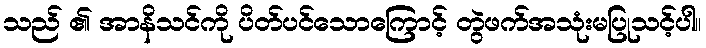
သည် ၏ အာနိသင်ကို ပိတ်ပင်သောကြောင့် တွဲဖက်အသုံးမပြုသင့်ပါ။